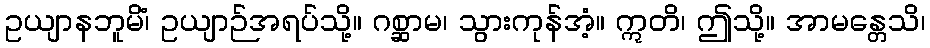
ဥယျာနဘူမိံ၊ ဥယျာဉ်အရပ်သို့။ ဂစ္ဆာမ၊ သွားကုန်အံ့။ ဣတိ၊ ဤသို့။ အာမန္တေသိ၊